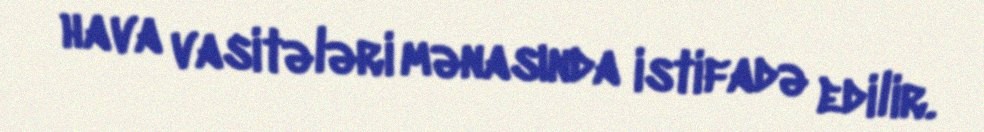
hava vasitələri mənasında istifadə edilir.